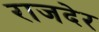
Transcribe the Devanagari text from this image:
राजदेर